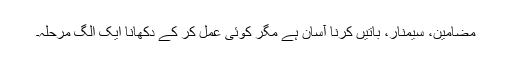
مضامین، سیمنار، باتیں کرنا آسان ہے مگر کوئی عمل کر کے دکھانا ایک الگ مرحلہ۔